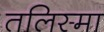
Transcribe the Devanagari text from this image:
तलिस्मा